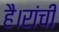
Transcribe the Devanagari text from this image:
है।रांची